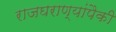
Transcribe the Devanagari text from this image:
राजघराण्यांपैकी